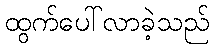
ထွက်ပေါ်လာခဲ့သည်